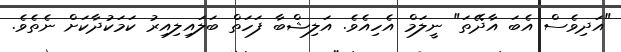
"އަދިވެސް އެބަ އާދޭތަ" ނީލަމް އެހިއެވެ. އަލިޝްބާ ފަހަތް ބަލައިލިއިރު ކަމަކުދާކަށް ނެތެވެ.